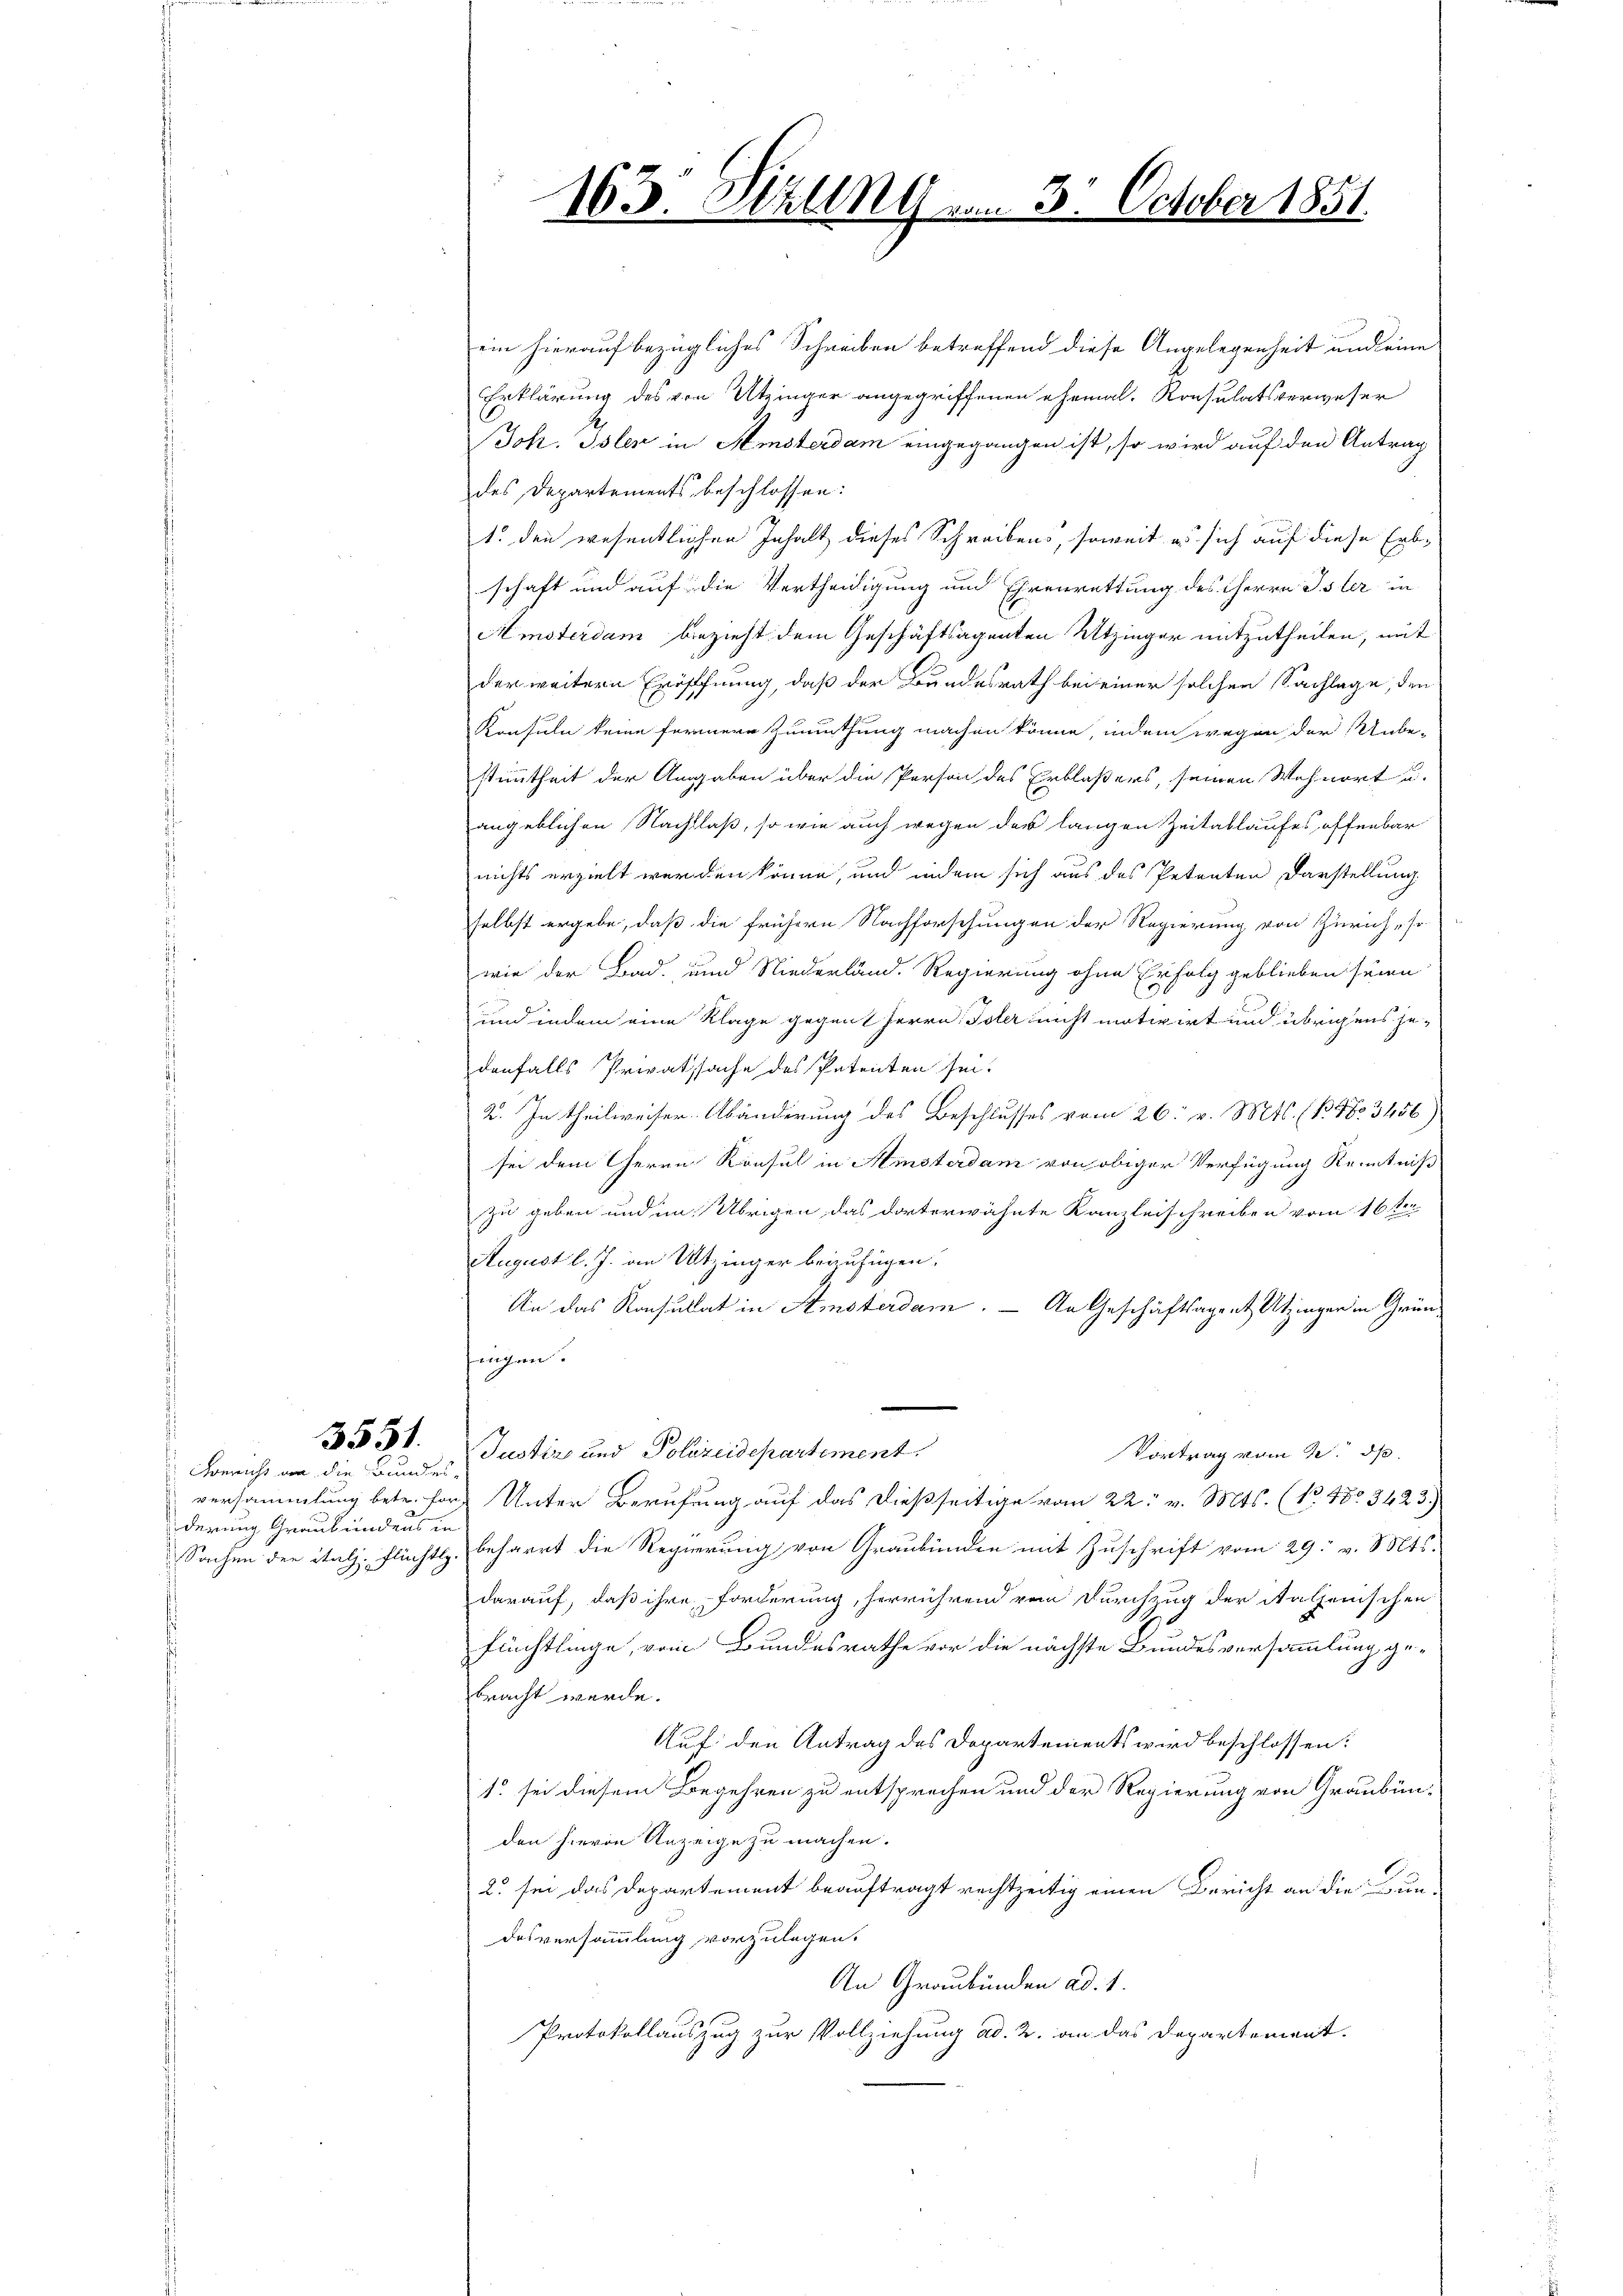
3551.

ein hierauf bezügliches Schreiben betreffend diese Angelegenheit und eine
Erklärung des von Utzinger angegriffenen ehemals Konsulatsverweser
Joh. Isler in Amsterdam eingegangen ist, so wird auf den Antrag
des Departements beschlossen:
1. den wesentlichen Inhalt dieses Schreibens, soweit es sich auf diese Erbschaft und auf die Vertheidigung und Ehrenrettung des Herrn Isler in
Amsterdam bezieht dem Geschäftsagenten Utzinger mitzutheilen, mit
der weitern Eröffnung, daß der Bundesrath bei einer solchen Sachlage, den
Konsuln keine fernere Zumuthung machen könne, indem wegen der Unbe-
stimmtheit der Angaben über die Person des Erblaßers, seinen Wohnort u.
angeblichen Nachlaß, so wie auch wegen der langen Zeitablaufes offenbar
nichts erzielt werden könne, und indem sich aus des Petenten Darstellung
selbst ergebe, daß die frühern Nachforschungen der Regierung von Zürich, so
wie der Bad- und Niederländ. Regierung ohne Erfolg geblieben seinen
und indem eine Klage gegent Herrn Isler nicht motivirt und übrigens jedenfalls Privatsache des Patenten sei.
2. In theilweiser. Abänderung des Beschlusses vom 26. v. Mts. (N. 480 3456)
sei dem Herrn Konsul in Amsterdam von obiger Verfügung Kenntniß
zu geben und im Übrigen das dorterwähnte Kanzleischreiben vom 16ten
August l. J. in Utzinger beizufügen.
An das Konsulat in Amsterdam. — An Geschäftsagent Utzinger in Grünfrügen.
Justiz und Polizeidepartement.
Vortrag vom 22. ds.
versammlung betr. for Unter Berufung auf das dießseitige vom 22. v. Mts. (1348. 342 3)
Sachen der italz. Flüchtl. beharrt die Regierung von Graubünden mit Zuschrift vom 29. v. Mts.
darauf, daß ihre Forderung, herrührend vom Durchzug der Rathenischen
flüchtlinge, vom Bundesrathe vor die nächste Bundesversammlung ge-
bracht werde.
Auf den Antrag des Departements wird beschlossen:
1. sei diesem Begehren zu entsprechen und der Regierung von Graubünden hievon Anzeige zu machen.
2. sei das Departement beauftragt rechtzeitig einen Bericht an die un-
desversammlung vorzulegen.
An Graubünden ad. 1.
Protokollauszug zur Vollziehung ad. 2. an das Departement.

Bericht an die Bundes-
derung Graubündens in

163. Sizung

October 1851.